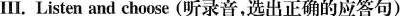
Ⅲ. Listen and choose (听录音,选出正确的应答句)